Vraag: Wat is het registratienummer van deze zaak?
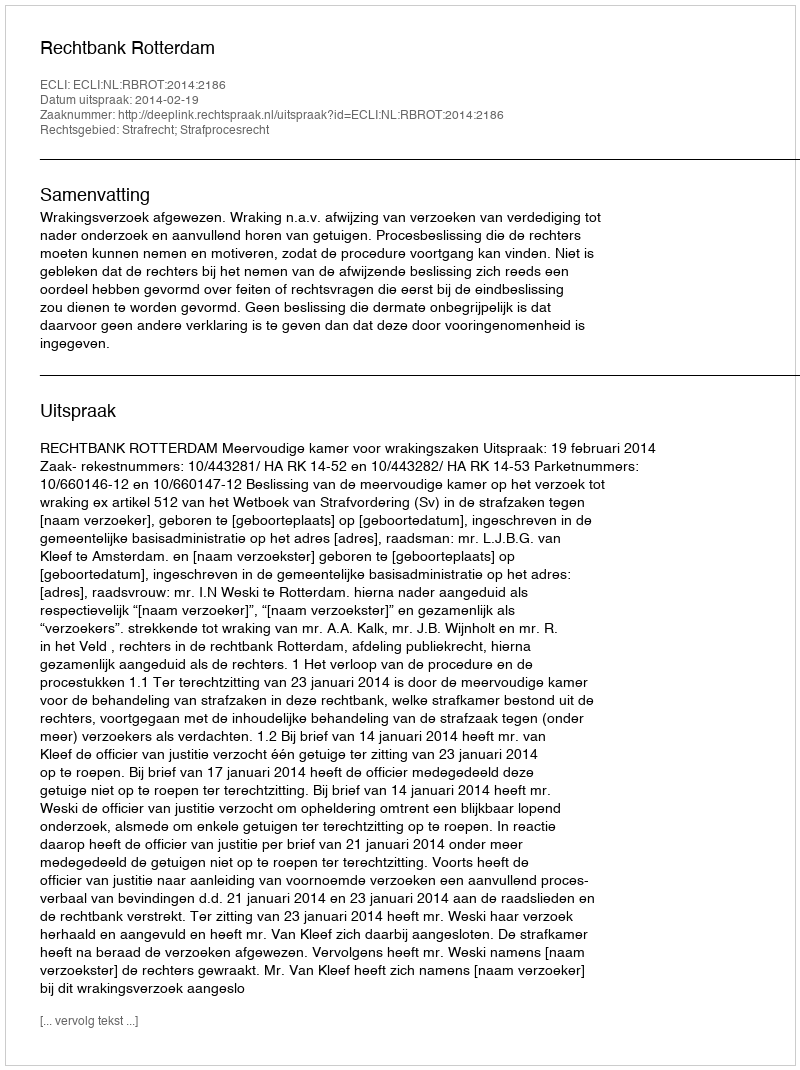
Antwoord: http://deeplink.rechtspraak.nl/uitspraak?id=ECLI:NL:RBROT:2014:2186